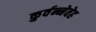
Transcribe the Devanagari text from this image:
कुर्वन्नेवेह